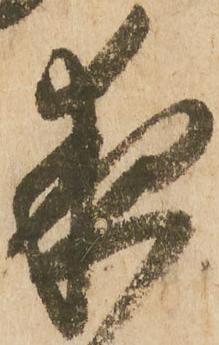
夜